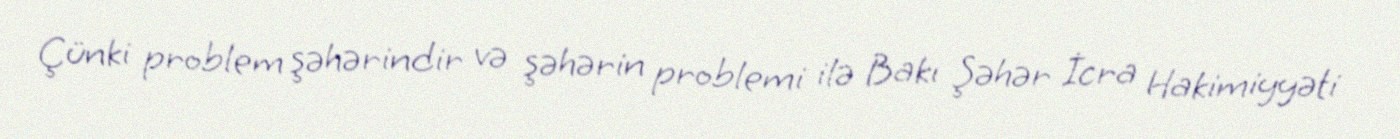
Çünki problem şəhərindir və şəhərin problemi ilə Bakı Şəhər İcra Hakimiyyəti